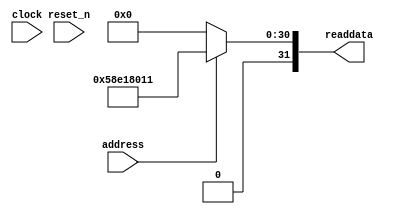
module niosII_system_sysid_qsys_0 (
                address,
                clock,
                reset_n,
                readdata
             )
;
  output  [ 31: 0] readdata;
  input            address;
  input            clock;
  input            reset_n;
  wire    [ 31: 0] readdata;
  assign readdata = address ? 1491173393 : 0;
endmodule